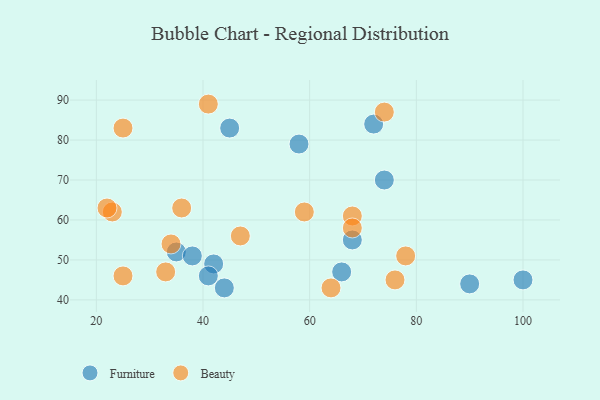
{"axis": {"x": "GDP", "y": "Life Expectancy"}, "legend": ["Beauty", "Furniture"], "data": [{"x": "44", "y": 43, "type": "Furniture"}, {"x": "35", "y": 52, "type": "Furniture"}, {"x": "45", "y": 83, "type": "Furniture"}, {"x": "42", "y": 49, "type": "Furniture"}, {"x": "68", "y": 55, "type": "Furniture"}, {"x": "41", "y": 46, "type": "Furniture"}, {"x": "38", "y": 51, "type": "Furniture"}, {"x": "72", "y": 84, "type": "Furniture"}, {"x": "66", "y": 47, "type": "Furniture"}, {"x": "90", "y": 44, "type": "Furniture"}, {"x": "58", "y": 79, "type": "Furniture"}, {"x": "74", "y": 70, "type": "Furniture"}, {"x": "100", "y": 45, "type": "Furniture"}, {"x": "33", "y": 47, "type": "Beauty"}, {"x": "74", "y": 87, "type": "Beauty"}, {"x": "64", "y": 43, "type": "Beauty"}, {"x": "25", "y": 46, "type": "Beauty"}, {"x": "41", "y": 89, "type": "Beauty"}, {"x": "47", "y": 56, "type": "Beauty"}, {"x": "25", "y": 83, "type": "Beauty"}, {"x": "23", "y": 62, "type": "Beauty"}, {"x": "59", "y": 62, "type": "Beauty"}, {"x": "78", "y": 51, "type": "Beauty"}, {"x": "22", "y": 63, "type": "Beauty"}, {"x": "68", "y": 61, "type": "Beauty"}, {"x": "36", "y": 63, "type": "Beauty"}, {"x": "68", "y": 58, "type": "Beauty"}, {"x": "76", "y": 45, "type": "Beauty"}, {"x": "34", "y": 54, "type": "Beauty"}]}